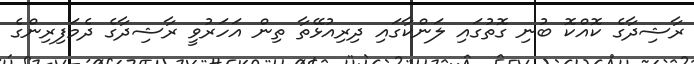
ރާޝިދާގެ ކޮއްކޮ ބުނި ގޮތުގައި ލަންކާގައި ދިރިއުޅޭތާ ތިން އަހަރުވީ ރާޝިދާގެ ދެމަފިރިންގެ